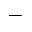
\_